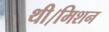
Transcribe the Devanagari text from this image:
थी।मिशन